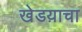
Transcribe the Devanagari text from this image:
खेडय़ाचा